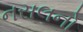
નસલનો